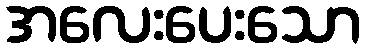
အလေးပေးသော